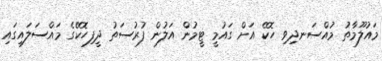
މައުލޫމާތު މުއްސަނދިވި ހޮކޭ އަށް ގައުމީ ޓީމުން އަލުން ފުރުސަތު ދީފިހޮކޭގެ މައްސަލައިގައި